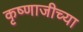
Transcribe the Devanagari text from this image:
कृष्णाजीच्या